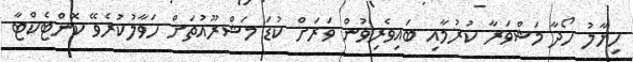
ހިޔާލު ހޯދާ މަޝްވަރާ ކުރުމާއި ބައިވެރިވުން ވަރަށް ކުޑަ މަޝްރޫއުތަށް ހަވާލުކުރެވޭ ކޮންޓެކްޓާ